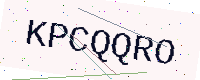
Text: KPCQQRO